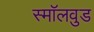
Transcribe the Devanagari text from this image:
स्मॉलवुड